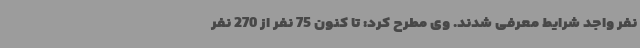
نفر واجد شرایط معرفی شدند. وی مطرح کرد: تا کنون 75 نفر از 270 نفر